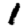
Digit: 1